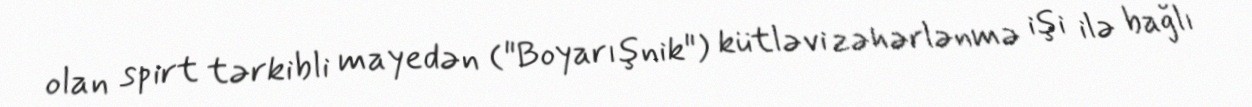
olan spirt tərkibli mayedən ("Boyarışnik") kütləvi zəhərlənmə işi ilə bağlı